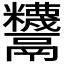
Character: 𩱵